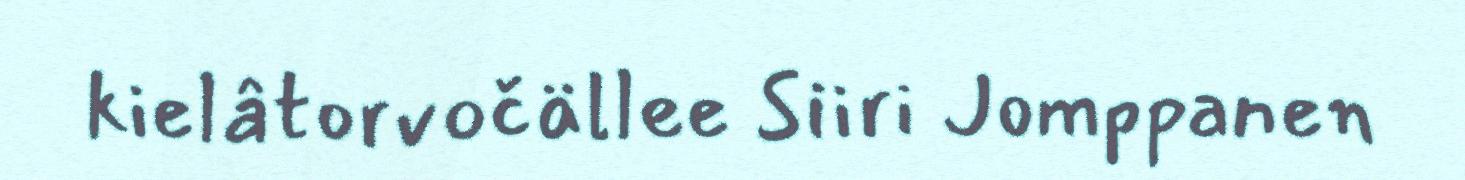
kielâtorvočällee Siiri Jomppanen